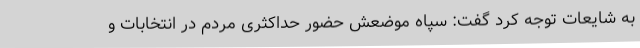
به شایعات توجه کرد گفت: سپاه موضعش حضور حداکثری مردم در انتخابات و